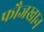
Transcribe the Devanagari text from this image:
फौजखान